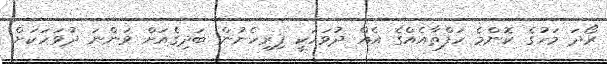
ރޯދަ މަހުގެ ކޮންމެ ހަފްތާއެއްގެ އެއް ދުވަހަކީ ފިރިހެނުން ބަދިގެއަށް ވަންނަ ދުވަހަކަށް